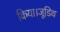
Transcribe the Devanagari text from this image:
किया।जूडिथ